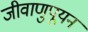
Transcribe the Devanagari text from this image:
जीवाणुपूयन